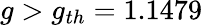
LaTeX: g>g_{th}=1.1479